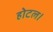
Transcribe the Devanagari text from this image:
होटल।